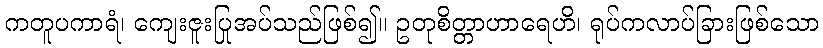
ကတူပကာရံ၊ ကျေးဇူးပြုအပ်သည်ဖြစ်၍။ ဥတုစိတ္တာဟာရေဟိ၊ ရုပ်ကလာပ်ခြားဖြစ်သော